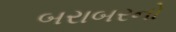
બરાબરનો